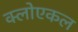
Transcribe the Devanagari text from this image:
क्लोएकल